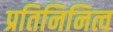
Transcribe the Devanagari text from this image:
प्रतिनिनित्व